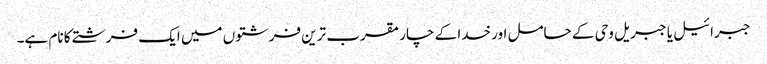
جبرائیل یا جبریل وحی کے حامل اور خدا کے چار مقرب ترین فرشتوں میں ایک فرشتے کا نام ہے۔